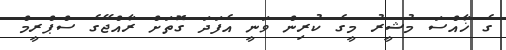
ގެ ޚާއްސަ މުޝީރު މީގެ ކުރިން ވަނީ އެފަދަ ގޮތަށް ރާއްޖޭގެ ސްޕްރީމް